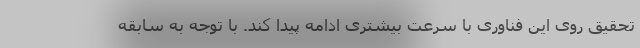
تحقیق روی این فناوری با سرعت بیشتری ادامه پیدا کند. با توجه به سابقه